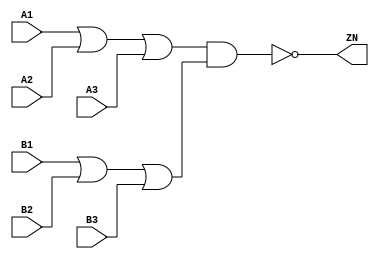
module OAI33_X1 (A1, A2, A3, B1, B2, B3, ZN);
  input A1;
  input A2;
  input A3;
  input B1;
  input B2;
  input B3;
  output ZN;

  not(ZN, i_20);
  and(i_20, i_21, i_23);
  or(i_21, i_22, A3);
  or(i_22, A1, A2);
  or(i_23, i_24, B3);
  or(i_24, B1, B2);


endmodule